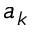
a _ { k }